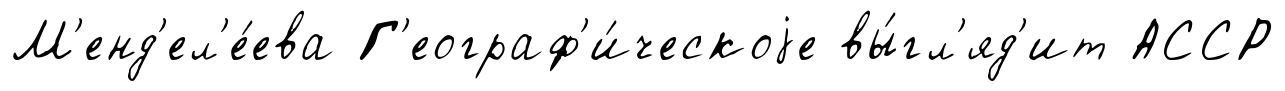
М'енд'ел'е́ева Г'еограф'и́ческоjе вы́гл'яд'ит АССР